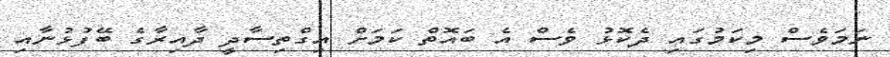
ނަމަވެސް މިކަމުގައި ދެކޮޅު ވެސް އެ ބައޮތް ކަމަށް އިގްތިސާދީ ދާއިރާގެ ބޭފުޅުނާއި